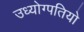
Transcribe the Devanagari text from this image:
उध्योग्पतियो